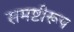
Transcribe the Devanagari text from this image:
समष्टीरूप